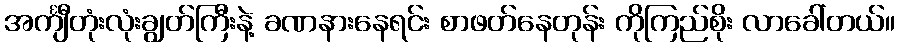
အင်္ကျီတုံးလုံးချွတ်ကြီးနဲ့ ခဏနားနေရင်း စာဖတ်နေတုန်း ကိုကြည်စိုး လာခေါ်တယ်။